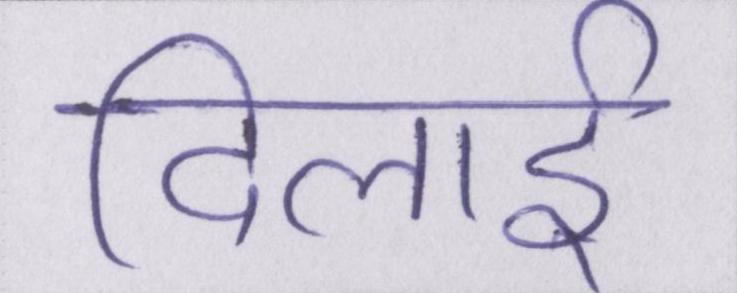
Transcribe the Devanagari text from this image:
दिलाई